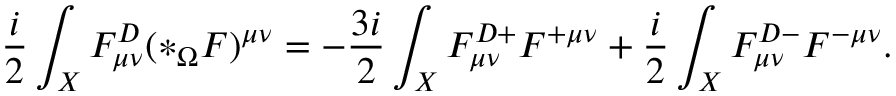
\frac { i } { 2 } \int _ { X } F _ { \mu \nu } ^ { D } ( * _ { \Omega } F ) ^ { \mu \nu } = - \frac { 3 i } { 2 } \int _ { X } F _ { \mu \nu } ^ { D + } F ^ { + \mu \nu } + \frac { i } { 2 } \int _ { X } F _ { \mu \nu } ^ { D - } F ^ { - \mu \nu } .